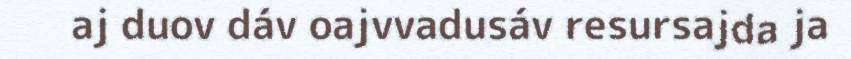
aj duov dáv oajvvadusáv resursajda ja